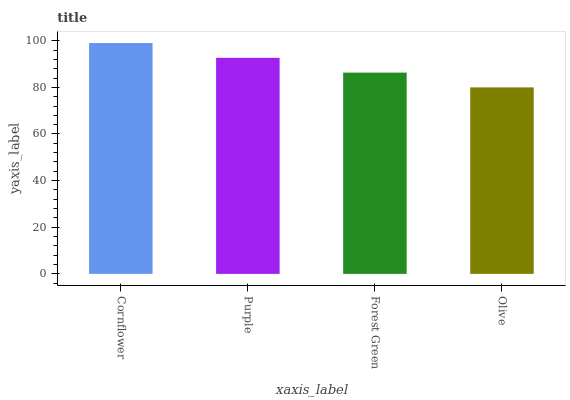
| xaxis_label | bars |
 | --- | --- |
 | Cornflower | 99 |
 | Purple | 92.7 |
 | Forest Green | 86.3 |
 | Olive | 80 |